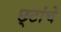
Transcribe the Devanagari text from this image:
छ्टांचे